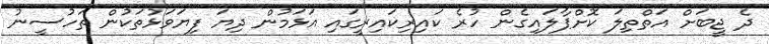
ދެ ޖީބަށް އަތްތިލަ ކޮށްޕާލައިގެން ހުރެ ކައިރިކައިރީގައި އަޅަމުން ދިޔަ ފިޔަވަޅުތަކުން ތަހުސީނު